system: You are a helpful assistant.
user:
Analyze the provided spectrum to determine if it is a **White Dwarf (WD)**.

A White Dwarf spectrum is defined by its **extreme purity** (due to gravitational settling) and/or **extreme pressure broadening** (due to high surface gravity). You must check for one of the following mutually exclusive signatures:

- **Key Visual Indicators (Check for ONE of these types):**

    - **1. DA-Type Signature (Most Common):**
        - **(Primary Feature):** Extreme pressure broadening (Stark broadening) of the **Hydrogen (H) Balmer lines**.
        - **(Key Lines):** $H\beta$ (approx. $4861$ Å) and $H\gamma$ (approx. $4340$ Å). $H\alpha$ (approx. $6563$ Å) will also be present if the wavelength range covers it.
        - **(Line Profile):** This is the **defining feature**. The lines are **NOT** sharp. They appear as massive, **extremely broad and deep "troughs" or "dips"** in the spectrum, often hundreds of Ångströms wide. The continuum will appear to "scoop" down at these wavelengths.
        - **(Distinction):** Normal A-type or B-type stars have *narrow* and *sharp* Hydrogen lines. A DA White Dwarf's lines are unmistakably "smeared" or "blurry" from pressure.

    - **2. DB-Type Signature:**
        - **(Primary Feature):** Broad absorption lines from **Neutral Helium (He I)**. The spectrum must lack any visible Hydrogen lines.
        - **(Key Lines):** Look for broad absorption near $4471$ Å, $4921$ Å, and $5876$ Å.
        - **(Line Profile):** These lines are also significantly pressure-broadened, appearing much wider than they would in a normal B-type main-sequence star.

    - **3. DC-Type Signature:**
        - **(Primary Feature):** A **featureless continuous spectrum**.
        - **(Line Profile):** The spectrum is a smooth curve with **no significant absorption or emission lines**.
        - **(Key Confirmation):** The continuum is almost always **blue or white**, indicating a hot object. This signature implies the atmosphere is so pure (or so cool) that no spectral lines are visible in the optical range. Its WD identity is confirmed by its extremely low intrinsic brightness (high absolute magnitude).

    - **4. DZ-Type Signature (Metal-Polluted):**
        - **(Primary Feature):** **Isolated, narrow metal absorption lines** on an otherwise featureless (DC-like) continuum.
        - **(Key Lines):** The **Calcium (Ca II) H & K doublet** (approx. **$3934$ Å** and **$3968$ Å**) is the most common and defining feature.
        - **(Line Profile):** These lines are "out of place." They are *not* part of a "forest" of thousands of lines. This signature is evidence of recent *accretion* (pollution) from rocky debris.
        - **(Distinction):** Normal G/K/M stars have a *dense forest* of thousands of metal lines. A DZ has a *clean* continuum with *only a few* strong metal lines.

    - **5. DQ-Type Signature (Carbon-Polluted):**
        - **(Primary Feature):** Absorption bands from **Carbon (C₂ "Swan Bands" or atomic C I)**.
        - **(Key Lines - C₂):** Look for bandheads with a "saw-tooth" shape near $5635$ Å, **$5165$ Å** (strongest), and $4737$ Å.
        - **(Key Confirmation):** The underlying **continuum must be blue or white** (hot).
        - **(Distinction):** This is the critical difference from a **Carbon Star**, which has the *exact same* C₂ bands but on an extremely **red, cool** continuum.

- **(Overall Spectrum):**
    - The continuum (overall shape) is typically **blue-sloping** (brighter in the blue than the red), as most white dwarfs are very hot.
    - The spectrum will look "pure" or "simple," dominated by only *one* of the five signatures listed above.

Think first, call **spectral_visualization_tool** if needed to examine features in detail, then provide your final answer. Your response must adhere to the following strict rules:
1.  **Overall Structure:** Your response must follow the format `<think>...</think> <tool_call>...</tool_call> (if a tool is used) <answer>...</answer>`.
2.  **Tool Usage Constraint:** You may only make **one** tool call per turn.
3.  **Final Answer Format:** In the `<answer>` tag, your conclusion must be inside a `\boxed{}` command (e.g., `\boxed{YES}` or `\boxed{NO}`), followed by your justification.

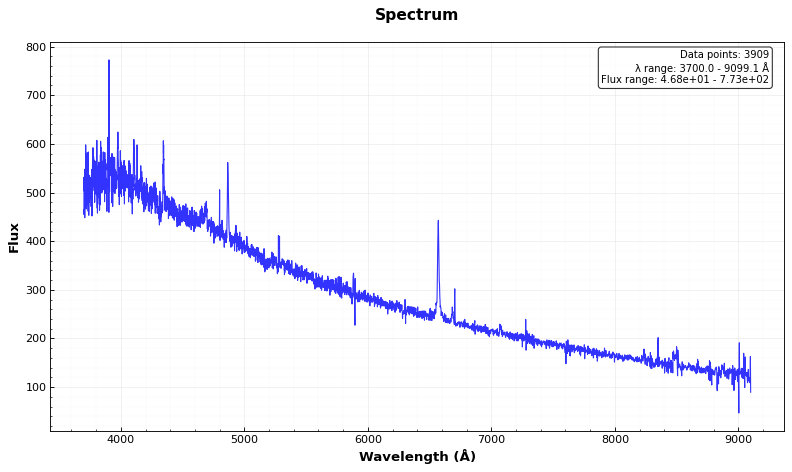
Answer: NO